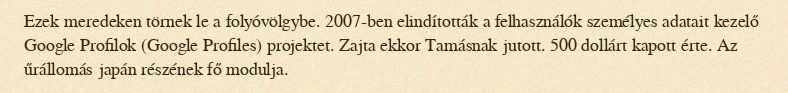
Ezek meredeken törnek le a folyóvölgybe. 2007-ben elindították a felhasználók személyes adatait kezelő Google Profilok (Google Profiles) projektet. Zajta ekkor Tamásnak jutott. 500 dollárt kapott érte. Az űrállomás japán részének fő modulja.